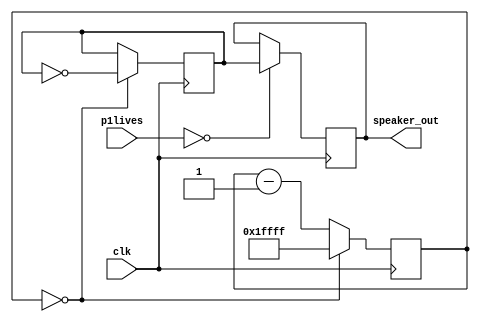
`timescale 1ns / 1ps
//////////////////////////////////////////////////////////////////////////////////
// Company: 
// Engineer: 
// 
// Design Name: 
// Module Name: tune
// Project Name: 
// Target Devices: 
// Tool Versions: 
// Description: 
// 
// Dependencies: 
// 
// Revision:
// Revision 0.01 - File Created
// Additional Comments:
// 
//////////////////////////////////////////////////////////////////////////////////


module audio(clk, speaker_out, p1lives);
input clk;
input [1:0] p1lives;
output reg speaker_out;
// first create a 17 bit binary counter
reg [16:0] counter;

reg [23:0] tone;
reg clkdivide = 0;

always@ (posedge clk) 
begin
tone <= tone + 1;   //use tone to generate square wave
                    //the MSB, tone[23], toggles with frequency 6Hz
                    //100,000,000:2^(24)=5.94
clkdivide = 100000000/440/2;
                    //divide clk by 2 to make sure 50% duty cycle
                    //MSB is now low for ~50% of time
end

always @(posedge clk) 
    if(counter==0) 
        counter <= (tone[23] ? clkdivide - 1 : clkdivide/2 - 1); 
                    //using tone[23] to switch between
                    //clkdivide-1 and clkdivide/2-1 frequencies
                    //if tone[23]=0, then counter = clkdivide-1
    else
        counter <= counter - 1;

reg speaker_out_temp;
always @(posedge clk) 
begin
    if(counter==0) speaker_out_temp <= ~speaker_out_temp;
                    //make square wave
    if(p1lives == 2'd0)
        speaker_out <= speaker_out_temp;
end

endmodule